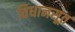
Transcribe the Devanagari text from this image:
विधानसूत